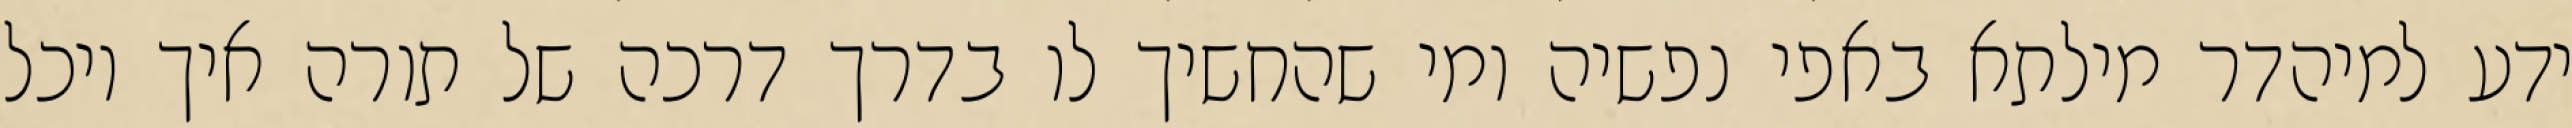
ידע למיהדר מילתא באפי נפשיה ומי שהחשיך לו בדרך דרכה של תורה איך יוכל